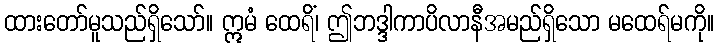
ထားတော်မူသည်ရှိသော်။ ဣမံ ထေရိံ၊ ဤဘဒ္ဒါကာပိလာနီအမည်ရှိသော မထေရ်မကို။